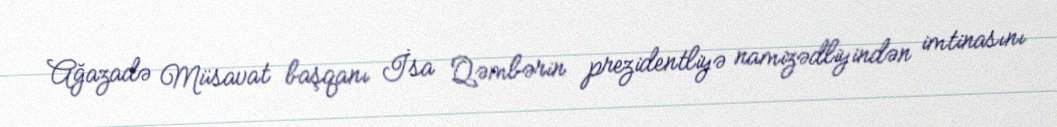
Ağazadə Müsavat başqanı İsa Qəmbərin prezidentliyə namizədliyindən imtinasını